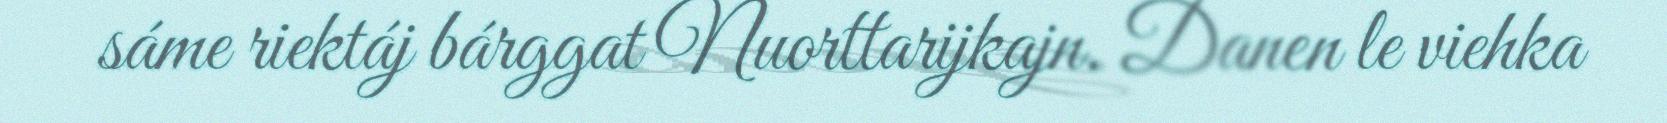
sáme riektáj bárggat Nuorttarijkajn. Danen le viehka